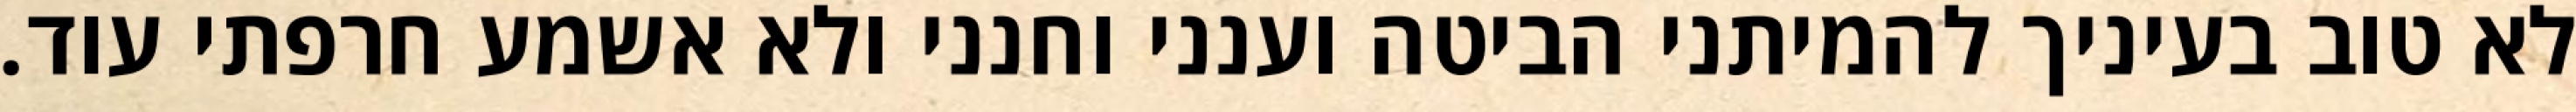
לא טוב בעיניך להמיתני הביטה וענני וחנני ולא אשמע חרפתי עוד.